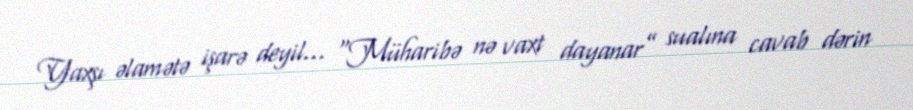
Yaxşı əlamətə işarə deyil... “Müharibə nə vaxt dayanar” sualına cavab dərin